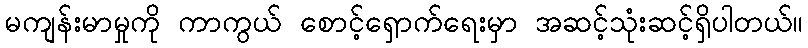
မကျန်းမာမှုကို ကာကွယ် စောင့်ရှောက်ရေးမှာ အဆင့်သုံးဆင့်ရှိပါတယ်။